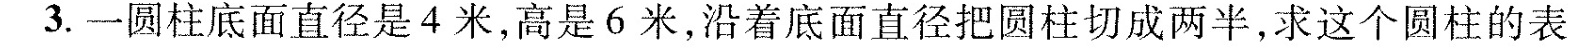
3. 一圆柱底面直径是4米，高是6米，沿着底面直径把圆柱切成两半，求这个圆柱的表